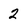
Character: 2